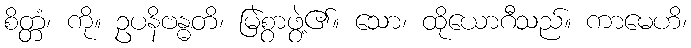
စိတ္တံ၊ ကို။ ဥပနိဗန္ဓတိ၊ မြဲစွာဖွဲ့၏။ သော၊ ထိုယောဂီသည်။ ကာမေဟိ၊